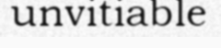
unvitiable